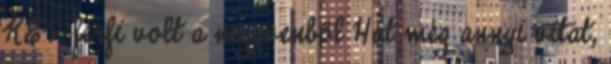
KÉT férfi volt a negyvenből Hát még annyi vitát,